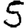
Digit: 5